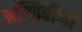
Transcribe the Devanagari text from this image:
अग्णिवीणा